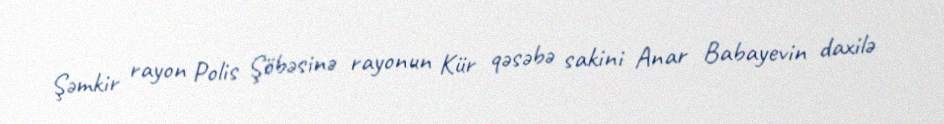
Şəmkir rayon Polis Şöbəsinə rayonun Kür qəsəbə sakini Anar Babayevin daxilə